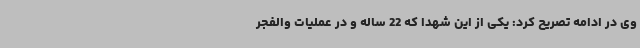
وی در ادامه تصریح کرد: یکی از این شهدا که 22 ساله و در عملیات والفجر